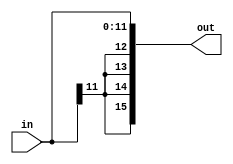
module SE12to16(input [11:0] in, output [15:0] out);
    assign out = $signed(in);
endmodule

module SE26to28(input [25:0] in, output [27:0] out);
    assign out = $signed(in);
endmodule